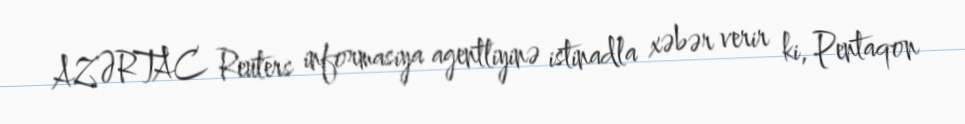
AZƏRTAC Reuters informasiya agentliyinə istinadla xəbər verir ki, Pentaqon